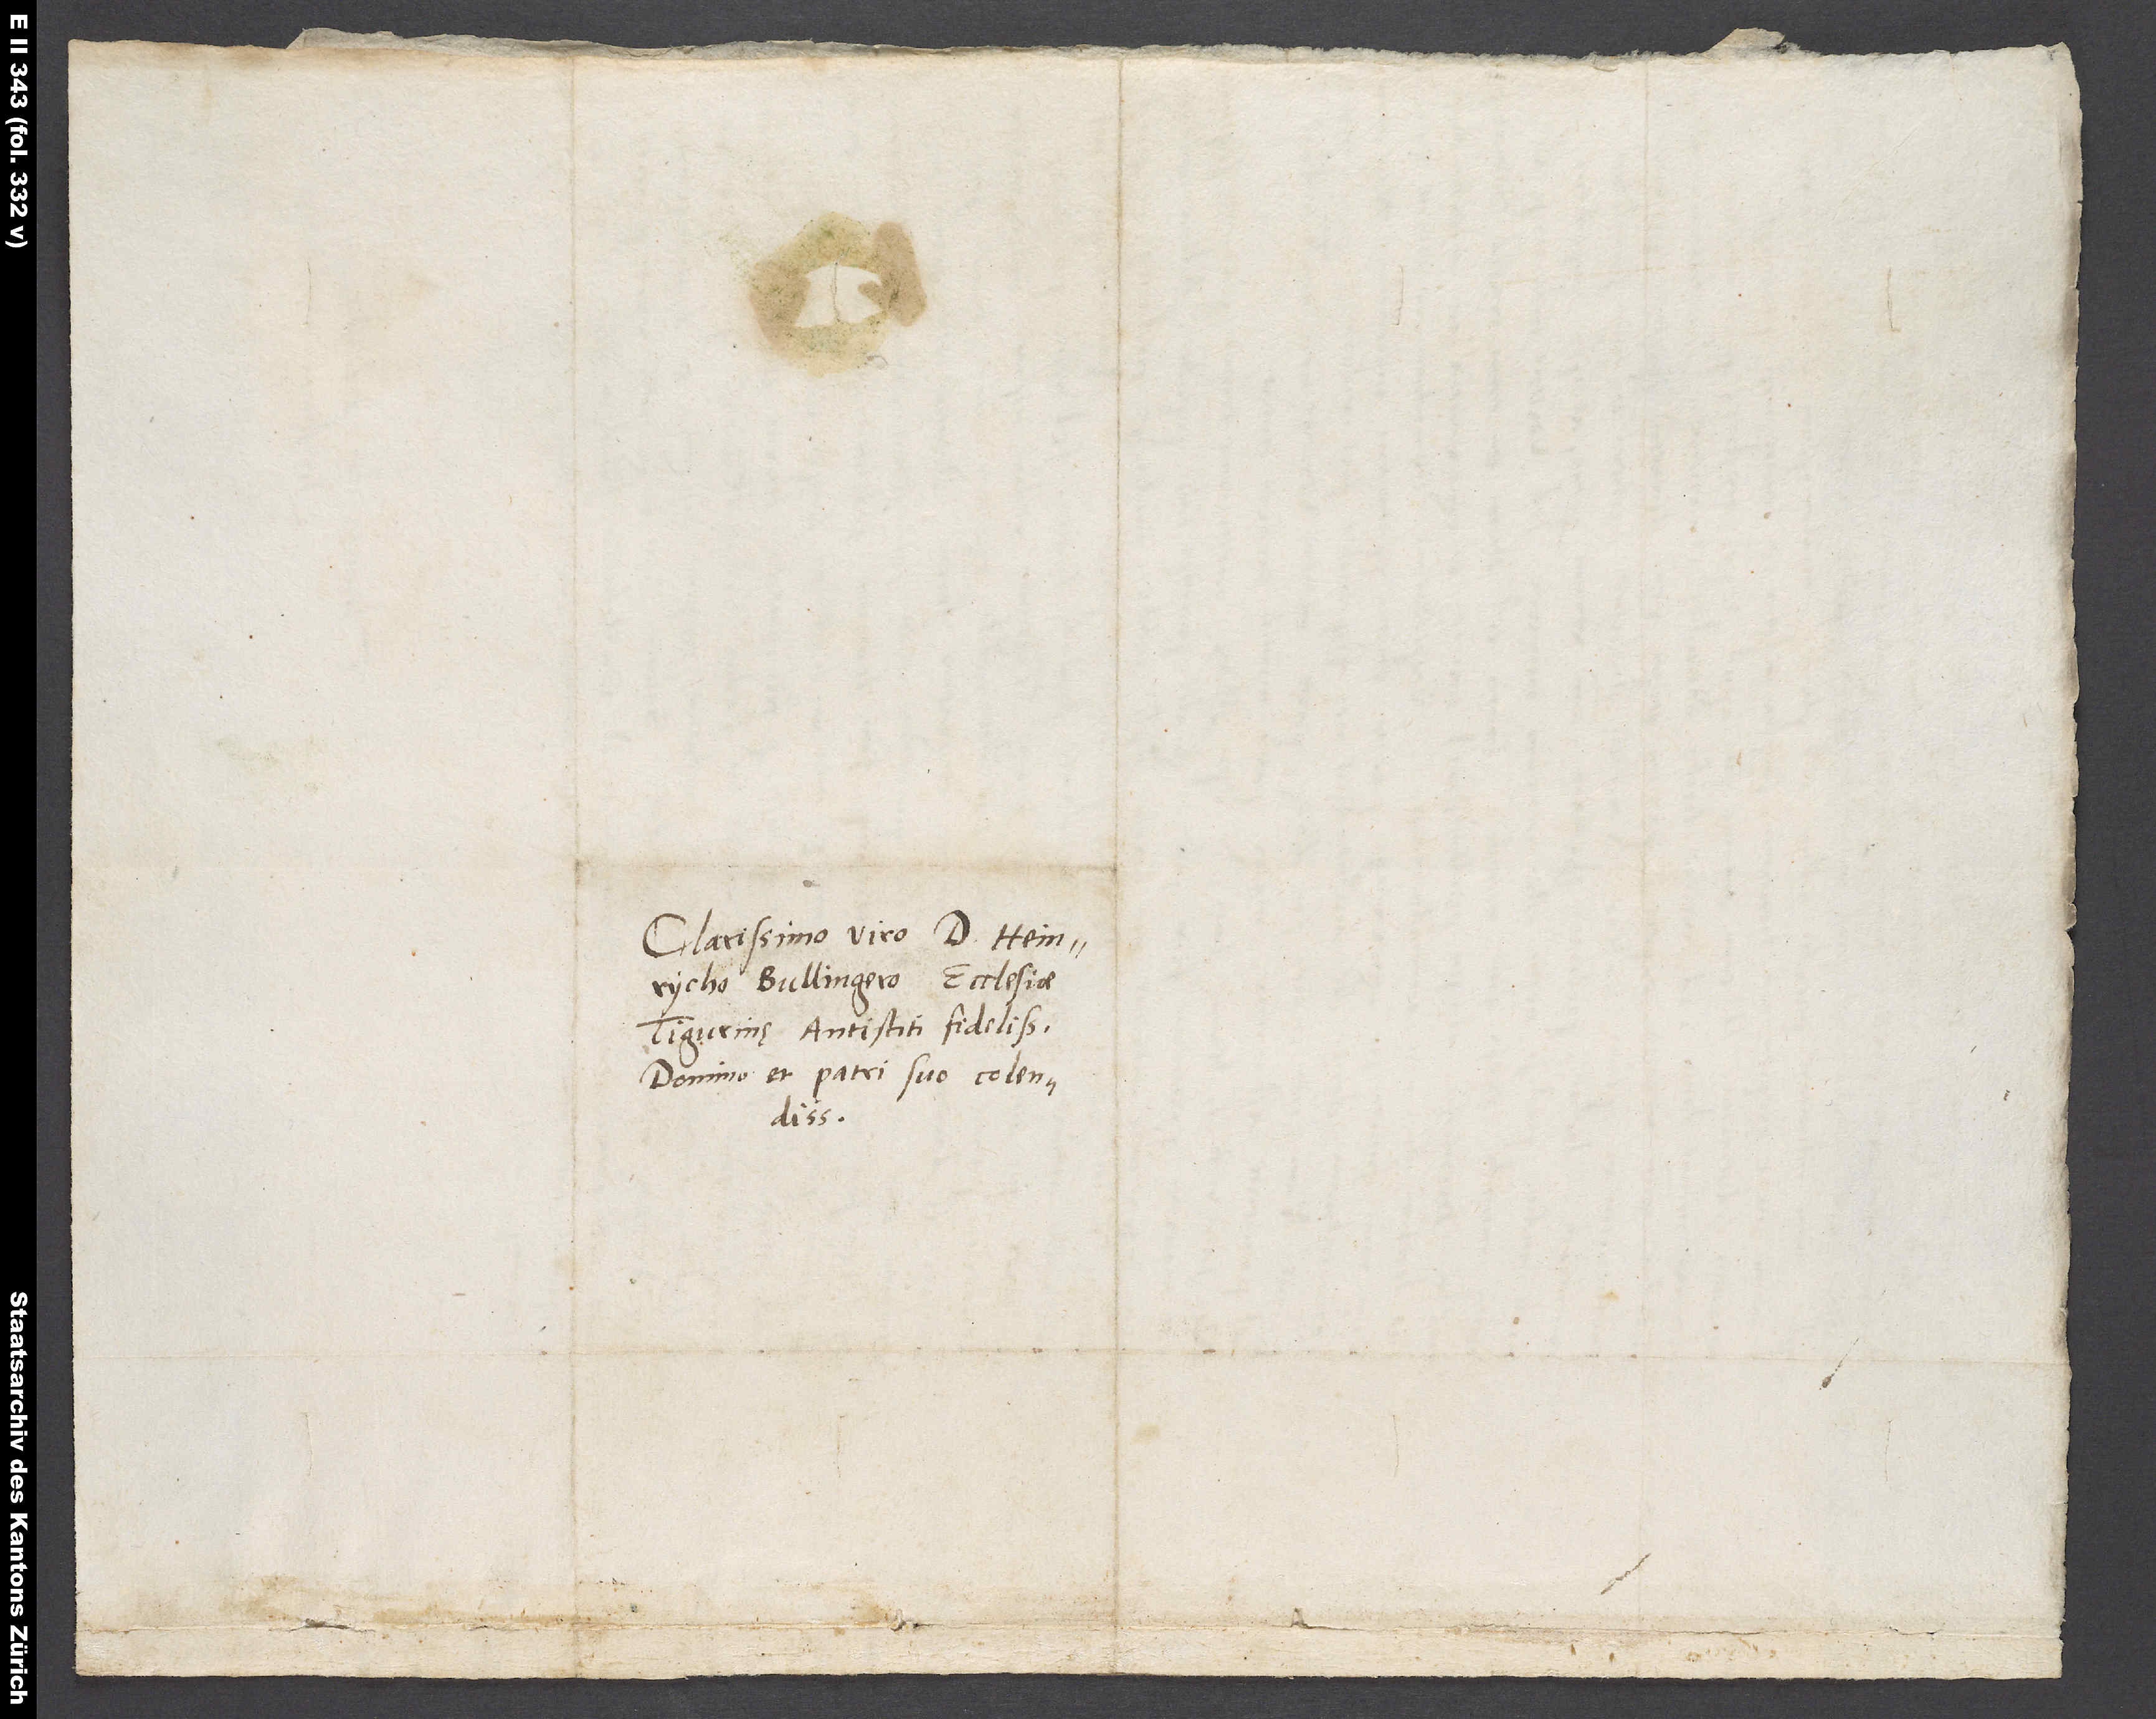
Clarissimo viro d. Heinrycho
Bullingero, ecclesiae
Tigurinę antistiti fidelissimo,
domino ac patri suo colendissimo.